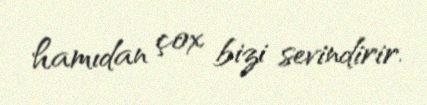
hamıdan çox bizi sevindirir.